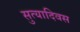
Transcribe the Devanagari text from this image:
सुत्यादिवस